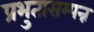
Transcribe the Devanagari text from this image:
प्रभुतासम्पन्न